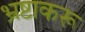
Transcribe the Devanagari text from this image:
भ्रष्टाकरू